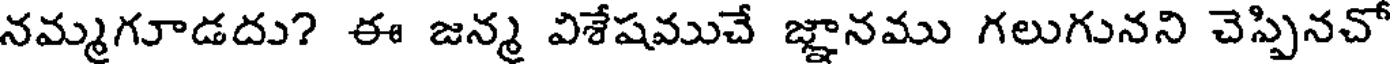
నమ్మగూడదు? ఈ జన్మ విశేషముచే జ్ఞానము గలుగునని చెప్పినచో